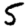
Digit: 5